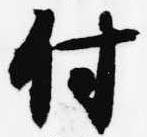
付